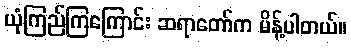
ယုံကြည်ကြကြောင်း ဆရာတော်က မိန့်ပါတယ်။